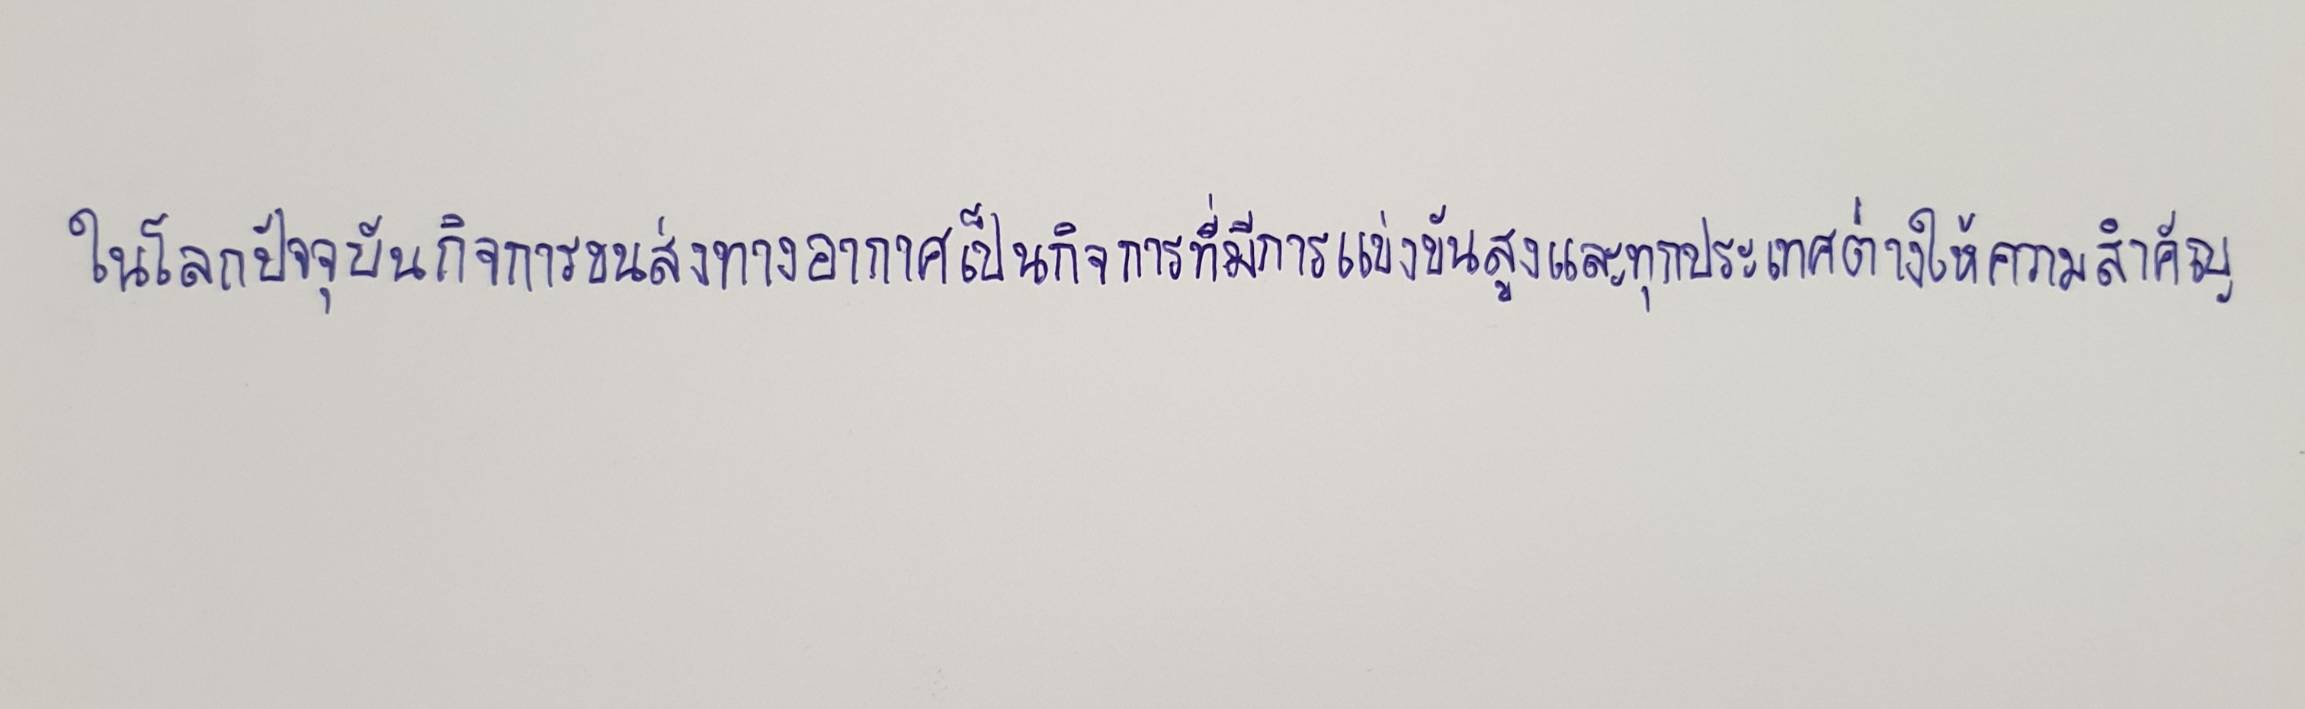
ในโลกปัจจุบันกิจการขนส่งทางอากาศเป็นกิจการที่มีการแข่งขันสูงและทุกประเทศต่างให้ความสำคัญ